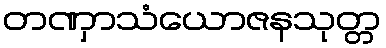
တဏှာသံယောဇနသုတ္တ